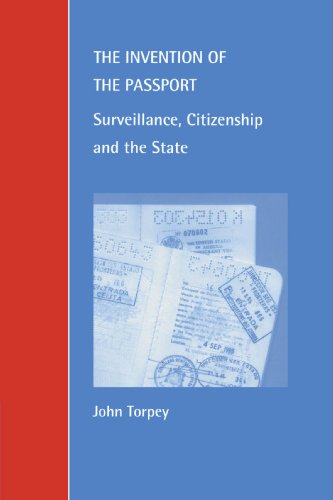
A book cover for The Invention of the Passport: Surveillance, Citizenship and the State (Cambridge Studies in Law and Society); John Torpey; Law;